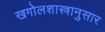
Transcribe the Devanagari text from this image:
खगोलशास्त्रानुसार